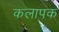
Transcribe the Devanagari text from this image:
कलापक